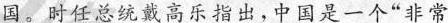
国。时任总统戴高乐指出，中国是一个”非常